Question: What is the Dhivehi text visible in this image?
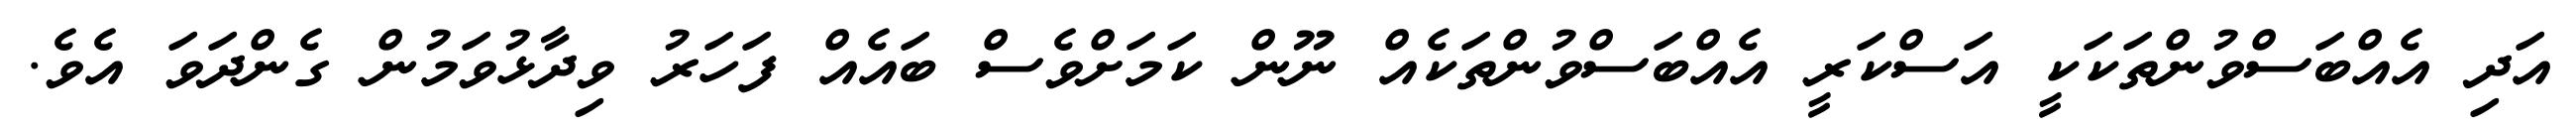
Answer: އަދި އެއްބަސްވުންތަކަކީ އަސްކަރީ އެއްބަސްވުންތަކެއް ނޫން ކަމަށްވެސް ބައެއް ފަހަރު ވިދާޅުވަމުން ގެންދަވަ އެވެ.